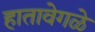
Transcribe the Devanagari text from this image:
हातावेगळे